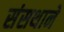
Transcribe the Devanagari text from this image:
संसथाने